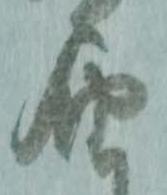
届